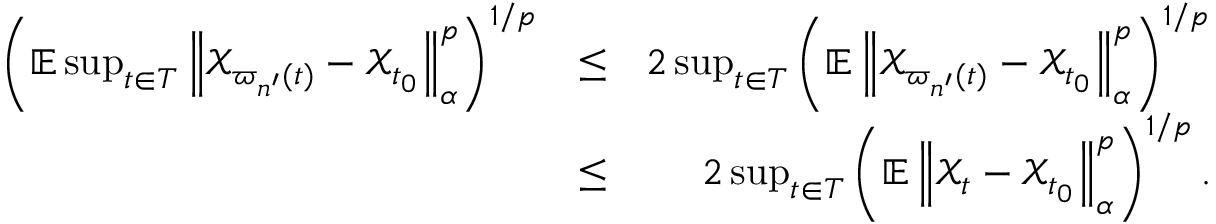
\begin{array} { r l r } { \left( \mathbb { E } \operatorname* { s u p } _ { t \in T } \left\Vert \mathcal { X } _ { \varpi _ { n ^ { \prime } } ( t ) } - \mathcal { X } _ { t _ { 0 } } \right\Vert _ { \alpha } ^ { p } \right) ^ { 1 / p } } & { \leq } & { 2 \operatorname* { s u p } _ { t \in T } \left( \mathbb { E } \left\Vert \mathcal { X } _ { \varpi _ { n ^ { \prime } } ( t ) } - \mathcal { X } _ { t _ { 0 } } \right\Vert _ { \alpha } ^ { p } \right) ^ { 1 / p } } \\ & { \leq } & { 2 \operatorname* { s u p } _ { t \in T } \left( \mathbb { E } \left\Vert \mathcal { X } _ { t } - \mathcal { X } _ { t _ { 0 } } \right\Vert _ { \alpha } ^ { p } \right) ^ { 1 / p } . } \end{array}